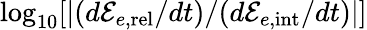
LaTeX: \log_{10}[|(d{\cal E}_{e,\mathrm{rel}}/dt)/(d{\cal E}_{e,\mathrm{int}}/dt)|]